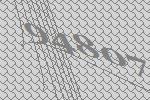
94807